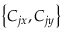
\left\{ C _ { j x } , C _ { j y } \right\}